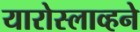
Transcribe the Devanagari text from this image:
यारोस्लाव्हने